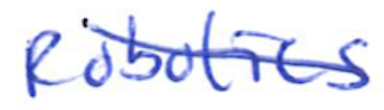
Text: Robotics
Cross-out: diagonal
Writing tool: ballpoint